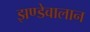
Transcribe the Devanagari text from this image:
झण्डेवालान